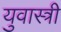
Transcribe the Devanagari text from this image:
युवास्त्री